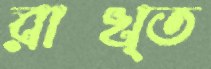
রাখ্ত